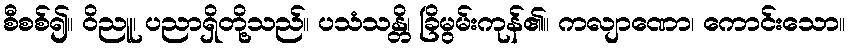
စီစစ်၍။ ဝိညူ၊ ပညာရှိတို့သည်။ ပသံသန္တိ၊ ခြိမွမ်းကုန်၏။ ကလျာဏော၊ ကောင်းသော။